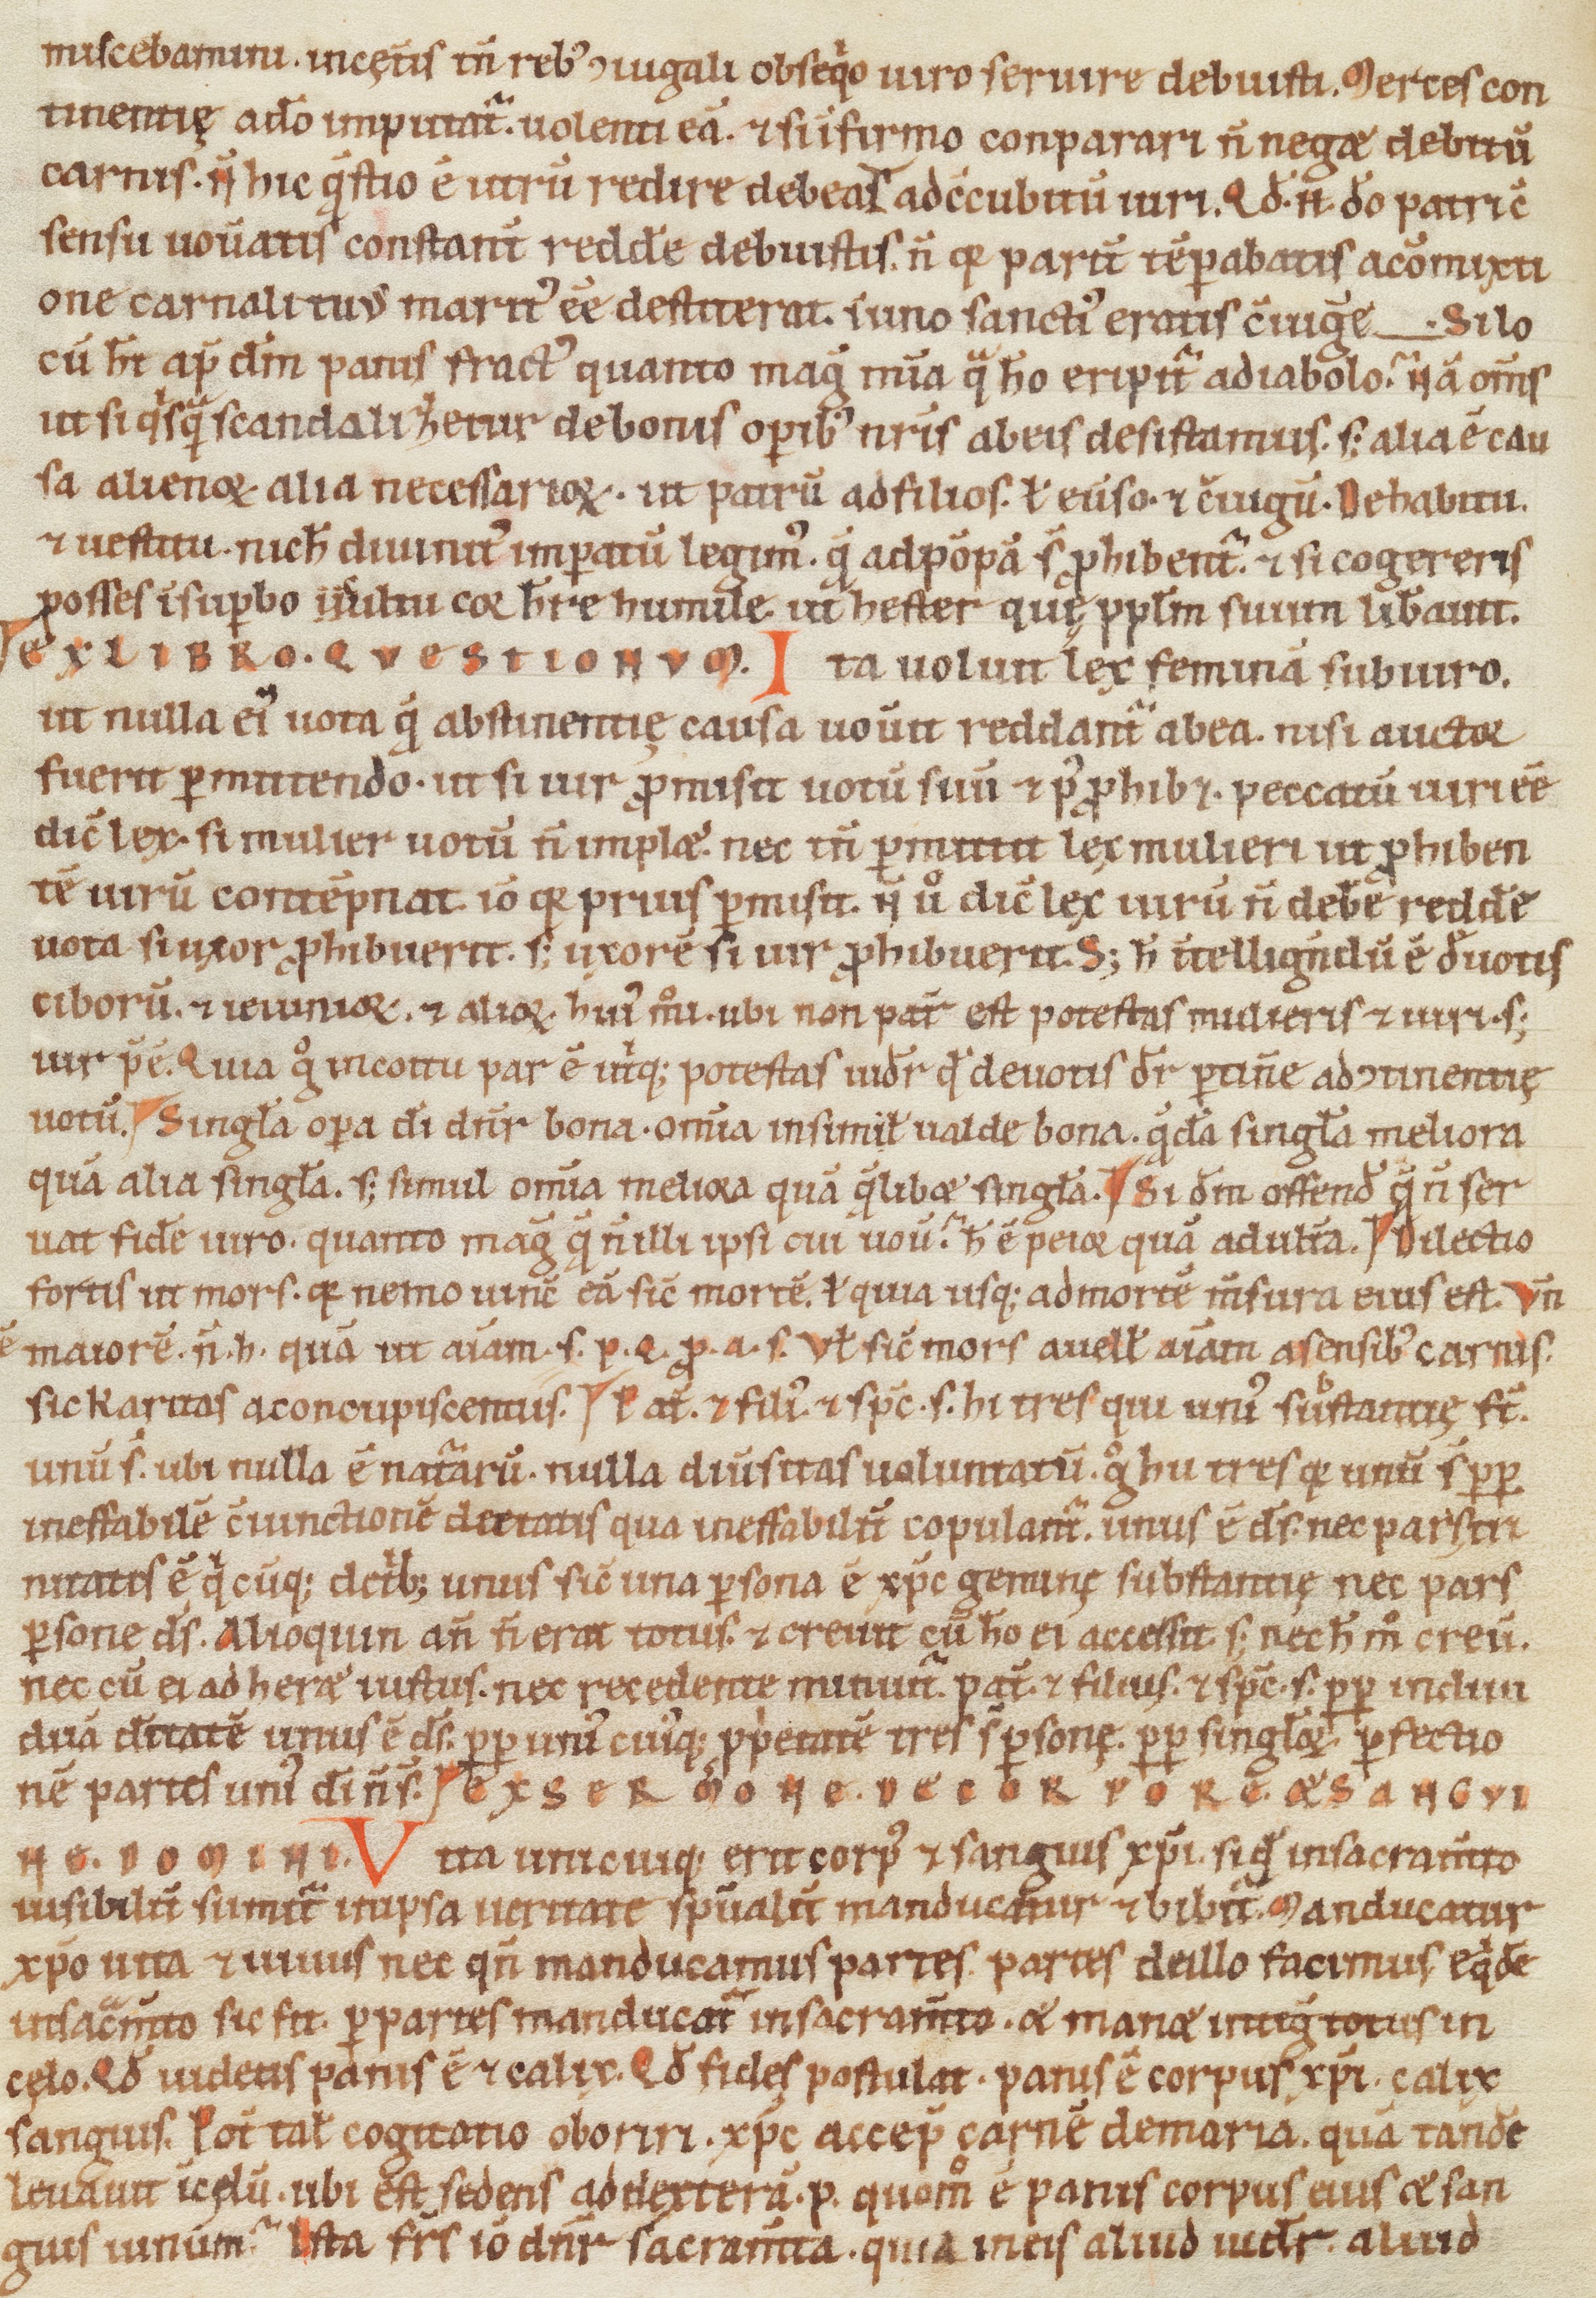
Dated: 1100–1199